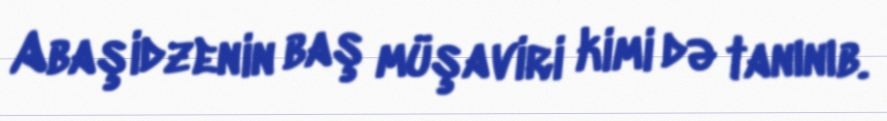
Abaşidzenin baş müşaviri kimi də tanınıb.